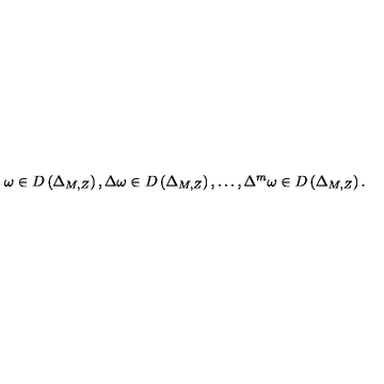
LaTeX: \omega \in D \left( \Delta _ { M , Z } \right) , \Delta \omega \in D \left( \Delta _ { M , Z } \right) , \ldots , \Delta ^ { m } \omega \in D \left( \Delta _ { M , Z } \right) .